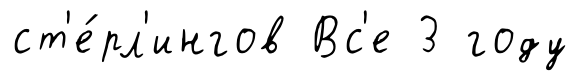
ст'е́рл'ингов Вс'е 3 году